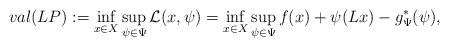
LaTeX: \begin{align*}val (LP) :=\inf_{x\in X}\sup_{\psi\in\Psi} \mathcal{L} (x,\psi) = \inf_{x\in X}\sup_{\psi\in\Psi} f(x) + \psi(Lx) -g^*_\Psi (\psi), \end{align*}